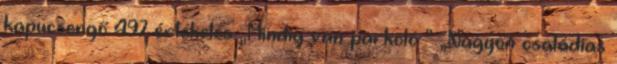
kapucsengő 497 értékelés „Mindig van parkoló ” „Nagyon családias